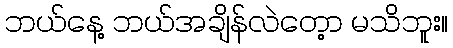
ဘယ်နေ့ ဘယ်အချိန်လဲတေ့ာ မသိဘူး။